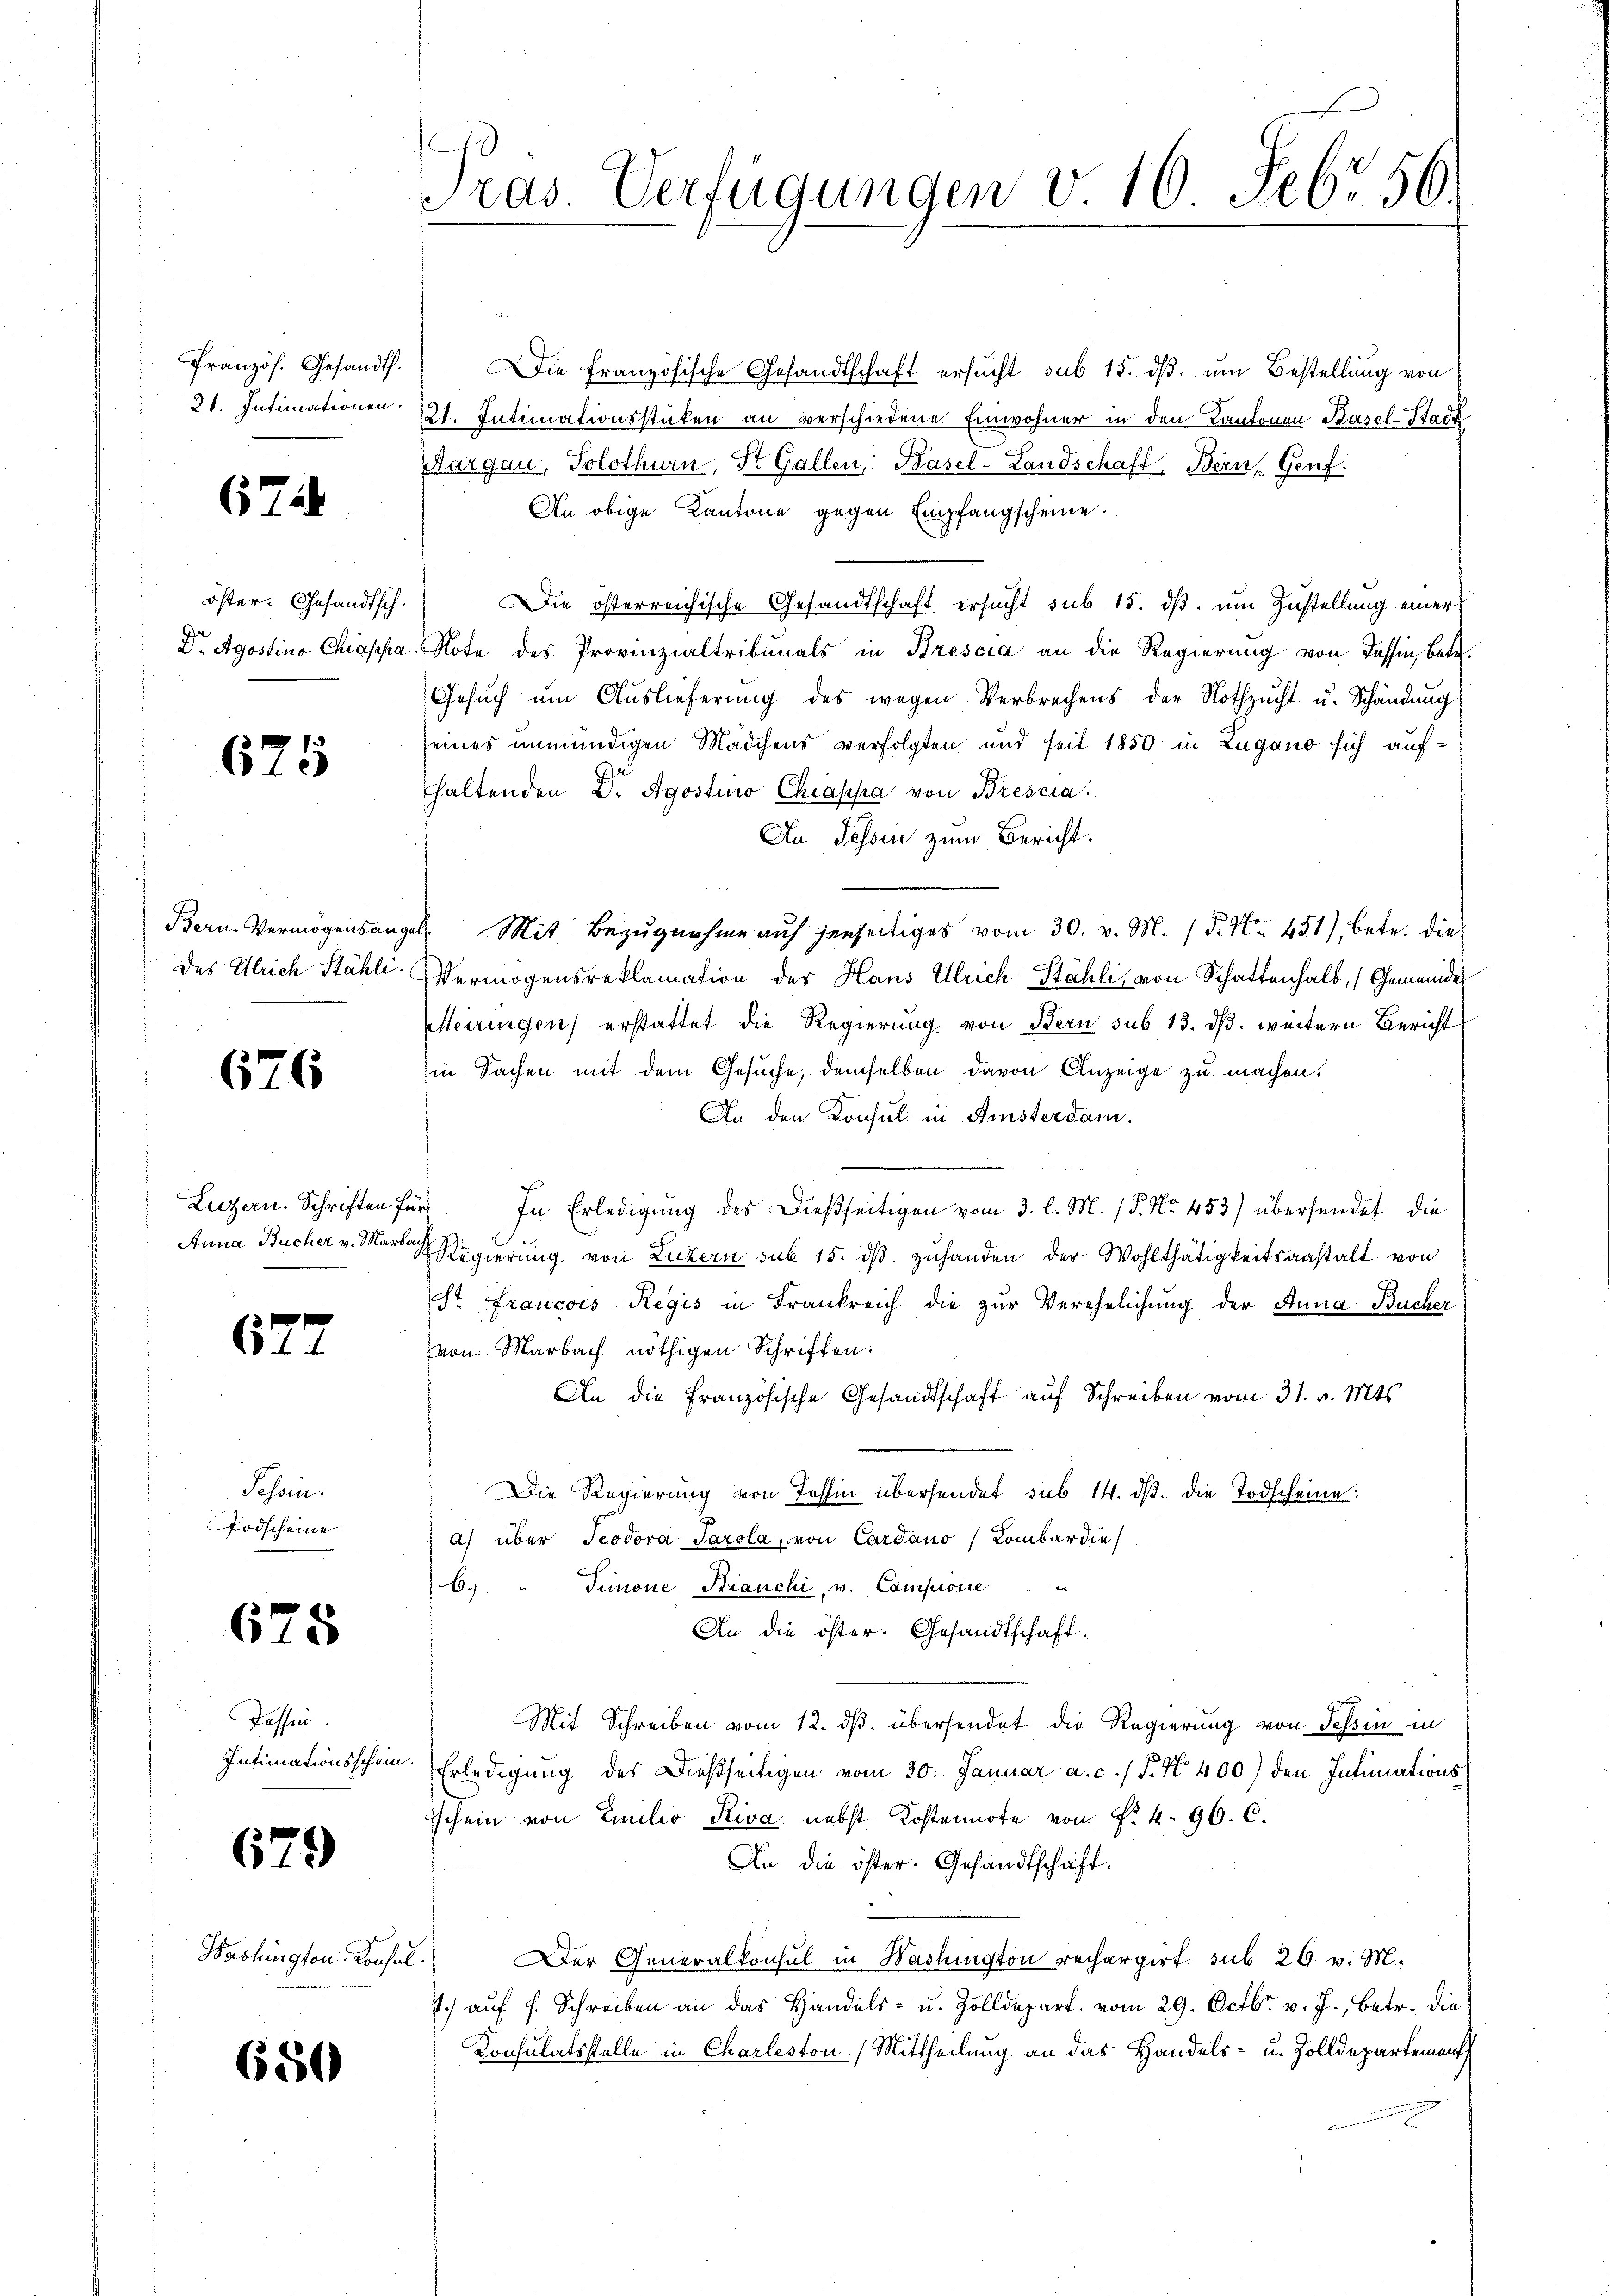
21. Intimationen.

67

öster: Gesandtsch.

625

676

Luzern. Schriften für

627

Schein.
Todscheine

675

Tassen.

679

Beshington Konsul

650

ras. Verfügungen v. 10 Febr. 56.

Französ. Gesandt. Die französische Gesandtschaft ersŭcht sub 15. dβ. ŭm Bestellung von
21. Intimationsstücken an verschiedene Einwohner in den Kantonen Basel-Stadt
Aargau, Solothurn, St. Gallen: Basel-Landschaft Bern, Genf
An obige Kantone gegen Empfangscheine.
Die österreichische Gesandtschaft ersucht sub 15. ds. um Zustellung einer
Dr. Agostina Chiappa, Note des Provinzialtribunals in Brescia an die Regierung von Kassin, betr.
Gesŭch um Auslieferung des wegen Verbrechens der Nothzucht u. Schändung
seines unmündigen Mädchens verfolgten und seit 1850 in Zugano sich aufhaltenden Dr. Agostino Chiappa von Brescia.
An Tessin zum Bericht.
Bern. Vermögensangel. Mit Bezŭgnahme auf jenseitiges vom 30. v. M. / P. Nr. 451), betr. die
des Ulrich Stähle. Vermögensreklamation der Haus Ulrich Stähli, von Schattenhalb, (Gemeinde
Meiringen) erstattet die Regierung von Bern sub 13. dβ. weitern Bericht
Ein Sachen mit dem Gesuche, demselben davon Anzeige zu machen.
An den Konsul in Amsterdam.
In Erledigung des Dießseitigen vom 3. l. M. P. Nr. 453) übersendet die
Anna Bucher v. Maria Regierŭng von Luzern sub 15. dβ zŭhanden der Wohlthätigkeitsanstalt von
st Francois Regis in Frankreich die zur Verehelichung der Anna Bucher
von Marbach nöthigen Schriften:
An die französische Gesandtschaft auf Schreiben vom 31. v. Mts.
Die Regierung von Tessin übersendet sub 14. dβ. die Todscheine:
d) über Teodora Parola, von Cardano Lombardie
69
Simone Branchi, v. Campione
An die öster. Gesandtschaft.
Mit Schreiben vom 12. dβ. übersendet die Regierung von Tessin in
Intimationsschein. Erledigung des Dießseitigen vom 30. Januar a. c. / P. N. 400) den Intimationsschein von Emilio Riva nebst Kostennote von Frk. 96. C.
An die öster. Gesandtschaft.
|
Der Generalkonsul in Washington rechargirt sub 26 v. M.
J.. auf s. Schreiben an das Handels- u. Zolldepart. vom 29. Octbr. v. J., betr. die
Konsulatsstelle in Charleston.) Mittheilung an das Handels- u. Zolldepartement